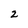
Character: 2